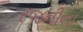
રજનીના